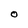
Character: O